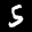
Label: 5